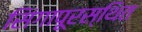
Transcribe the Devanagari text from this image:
सिंगापूरस्थित